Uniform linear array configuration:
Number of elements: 32
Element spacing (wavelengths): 1
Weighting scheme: exponential
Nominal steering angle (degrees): -15
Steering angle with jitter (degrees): -16.66
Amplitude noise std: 0.05
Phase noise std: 0.05

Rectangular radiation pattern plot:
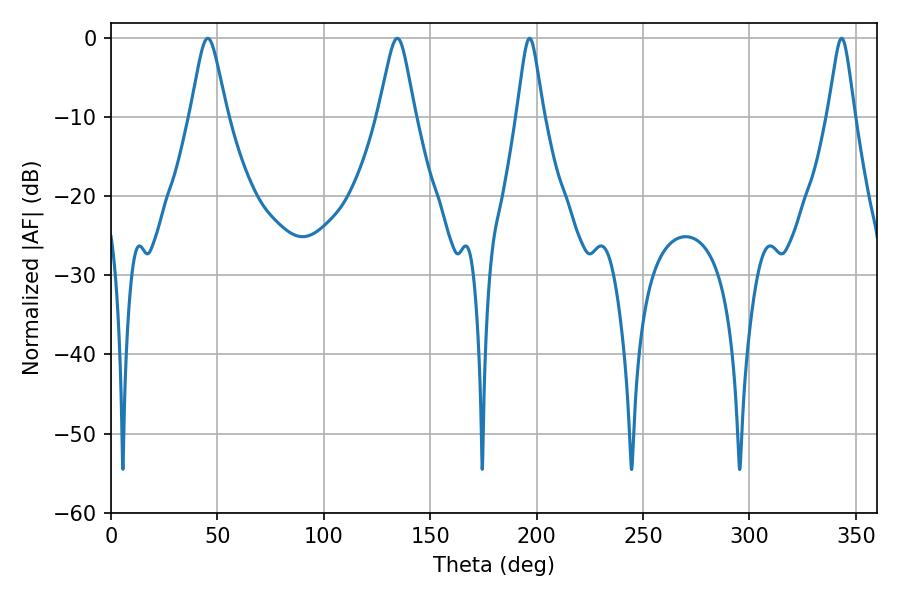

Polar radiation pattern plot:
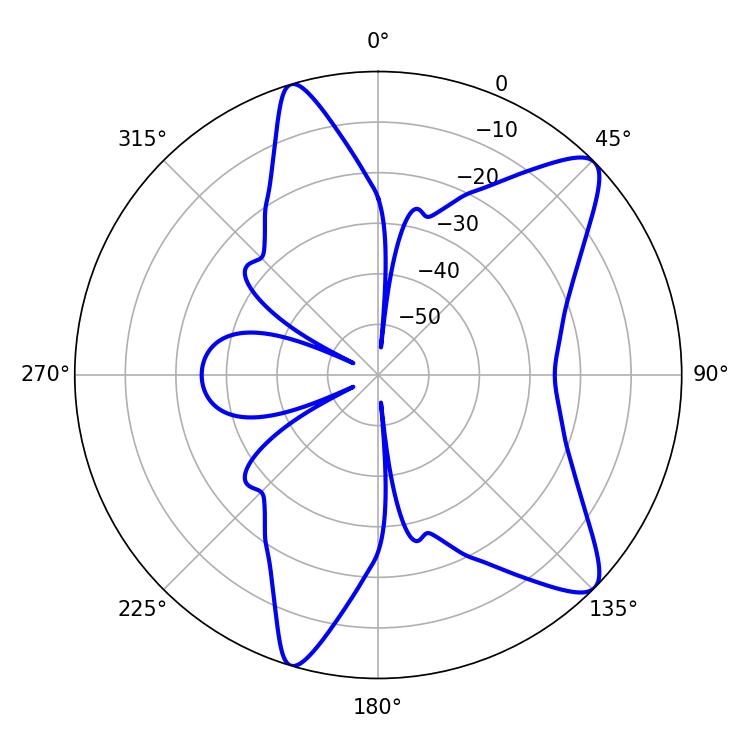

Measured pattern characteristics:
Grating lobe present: TRUE
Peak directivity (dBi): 10.442
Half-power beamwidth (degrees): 5.76
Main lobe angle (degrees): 196.74